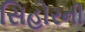
સિહોરની